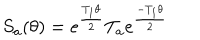
LaTeX: S _ { a } ( \theta ) = e ^ { \frac { T _ { 1 } \theta } { 2 } } T _ { a } e ^ { \frac { - T _ { 1 } \theta } { 2 } }